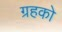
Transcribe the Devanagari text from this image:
ग्रहको